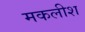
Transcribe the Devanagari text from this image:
मकलीश